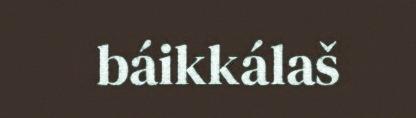
báikkálaš